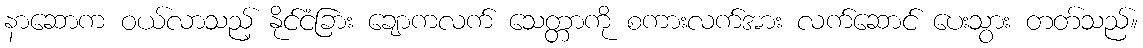
နာဆောက ဝယ်လာသည့် နိုင်ငံခြား ချောကလက် သေတ္တာကို စကားလက်အား လက်ဆောင် ပေးသွား တတ်သည်။